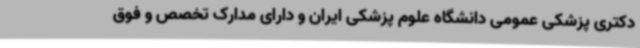
دکتری پزشکی عمومی دانشگاه علوم پزشکی ایران و دارای مدارک تخصص و فوق